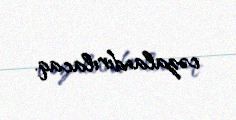
cəzalandırılacaq.